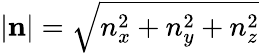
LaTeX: |\mathbf{n}|={\sqrt{n_{x}^{2}+n_{y}^{2}+n_{z}^{2}}}